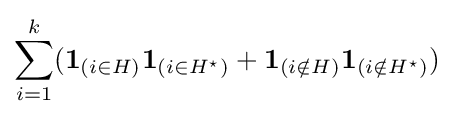
\sum _{i=1}^{k}({\textbf {1}}_{(i\in H)}{\textbf {1}}_{(i\in H^{\star })}+{\textbf {1}}_{(i\notin H)}{\textbf {1}}_{(i\notin H^{\star })})